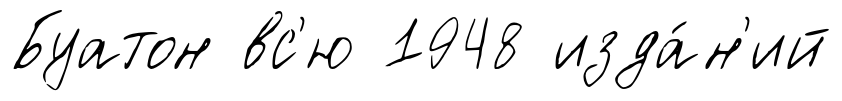
Буатон вс'ю 1948 изда́н'ий